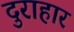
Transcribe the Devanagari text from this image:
दुराहार